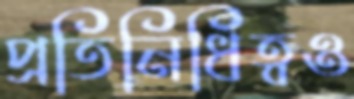
প্রতিনিধিত্বও